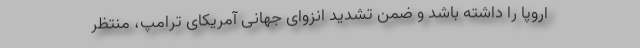
اروپا را داشته باشد و ضمن تشدید انزوای جهانی آمریکای ترامپ، منتظر